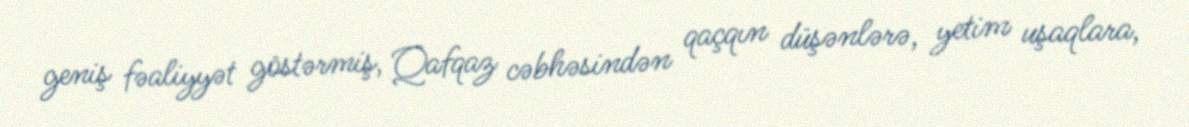
geniş fəaliyyət göstərmiş, Qafqaz cəbhəsindən qaçqın düşənlərə, yetim uşaqlara,